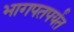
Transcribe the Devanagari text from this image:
भागपतपर्यंत